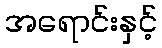
အရောင်းနှင့်